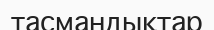
тасмандықтар